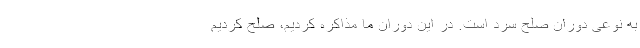
به نوعی دوران صلح سرد است. در این دوران ما مذاکره کردیم، صلح کردیم